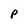
Character: P